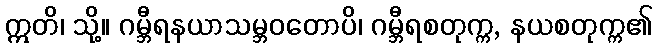
ဣတိ၊ သို့။ ဂမ္ဘီရနယာသမ္ဘဝတောပိ၊ ဂမ္ဘီရစတုက္က, နယစတုက္က၏